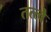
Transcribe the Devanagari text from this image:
तत्‍त्‍वे